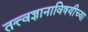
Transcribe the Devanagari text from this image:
तत्त्वज्ञानाविषयीच्या